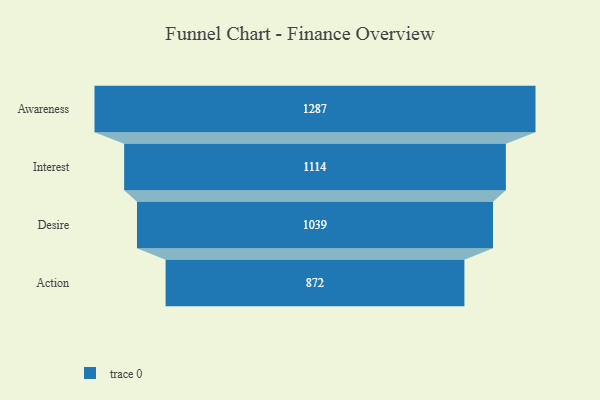
{"axis": {"x": "Stage", "y": "Value"}, "legend": [""], "data": [{"x": "Awareness", "y": 1287.0, "type": ""}, {"x": "Interest", "y": 1114.0, "type": ""}, {"x": "Desire", "y": 1039.0, "type": ""}, {"x": "Action", "y": 872.0, "type": ""}]}